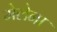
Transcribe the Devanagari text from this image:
मेलेना